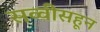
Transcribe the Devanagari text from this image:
सव्वीसहून